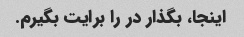
اینجا، بگذار در را برایت بگیرم.